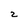
Character: 2